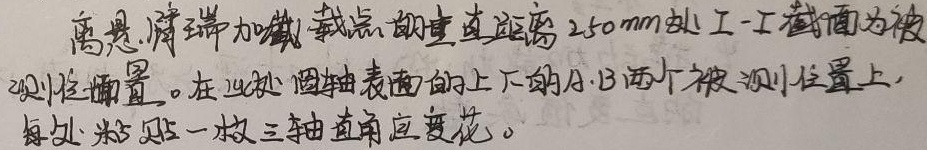
离悬臂端加载点的垂直距离\(250mm\)处Ⅰ - Ⅰ截面为被测位置。在该处圆轴表面的上下的\(A\)，\(B\)两个被测位置上，每处粘贴一枚三轴直角应变花。